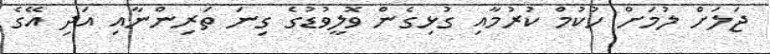
ޖަލަށް ލުމަށް ހުކުމް ކުރުމާއި ގުޅިގެން ވޮލީވުޑުގެ ގިނަ ތަރިންނާއި އަދި އޭގެ